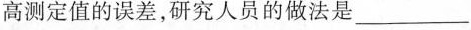
高测定值的误差，研究人员的做法是___